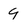
Character: 9